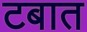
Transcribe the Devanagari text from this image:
टबात